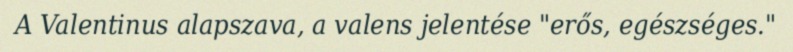
A Valentinus alapszava, a valens jelentése "erős, egészséges."